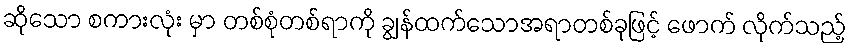
ဆိုသော စကားလုံး မှာ တစ်စုံတစ်ရာကို ချွန်ထက်သောအရာတစ်ခုဖြင့် ဖောက် လိုက်သည့်